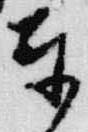
奉